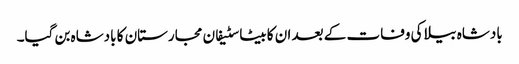
بادشاہ بیلا کی وفات کے بعد ان کا بیٹا سٹیفان مجارستان کا بادشاہ بن گیا۔